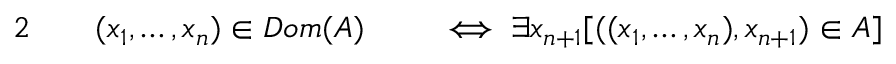
\begin{array} { r l r l } { { 2 } \quad } & { { } ( x _ { 1 } , \ldots , x _ { n } ) \in D o m ( A ) } & { } & { { } \iff \exists x _ { n + 1 } [ ( ( x _ { 1 } , \ldots , x _ { n } ) , x _ { n + 1 } ) \in A ] } \end{array}